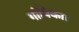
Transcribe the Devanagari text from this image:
गोपिका।